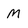
Character: M